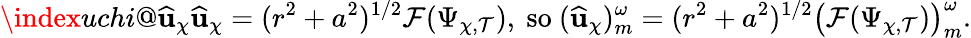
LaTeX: \index{uchi@\widehat{\mathbf{u}}_{\chi}}\widehat{\mathbf{u}}_{\chi}=(r^{2}+a^{2})^{1/2}\mathcal{F}(\Psi_{\chi,\mathcal{T}}),\mathrm{~so~}({\widehat{\mathbf{u}}_{\chi}})_{m}^{\omega}=(r^{2}+a^{2})^{1/2}\big(\mathcal{F}(\Psi_{\chi,\mathcal{T}})\big)_{m}^{\omega}.